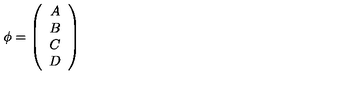
\phi = \left( \begin{array} { c } { A } \\ { B } \\ { C } \\ { D } \\ \end{array} \right)